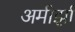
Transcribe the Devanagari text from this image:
अमीर्झा